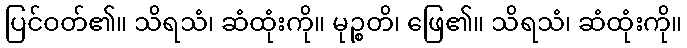
ပြင်ဝတ်၏။ သိရသံ၊ ဆံထုံးကို။ မုဉ္စတိ၊ ဖြေ၏။ သိရသံ၊ ဆံထုံးကို။